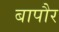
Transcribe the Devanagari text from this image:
बापौर